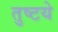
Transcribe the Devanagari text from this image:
तुष्टये